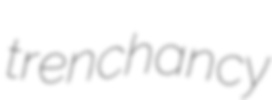
trenchancy